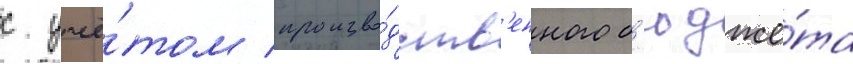
с учё́том произво́дств'енного б'юдже́та